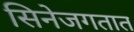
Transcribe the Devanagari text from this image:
सिनेजगतात